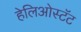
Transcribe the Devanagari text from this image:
हेलिओस्टॅट